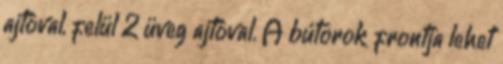
ajtóval, felül 2 üveg ajtóval. A bútorok frontja lehet